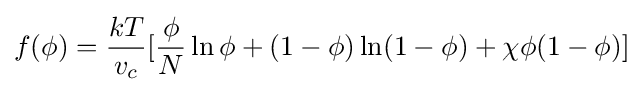
f(\phi )={\frac {kT}{v_{c}}}[{\frac {\phi }{N}}\ln \phi +(1-\phi )\ln(1-\phi )+\chi \phi (1-\phi )]